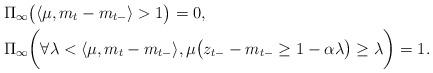
LaTeX: \begin{align*}&\Pi_{\infty} \bigl( \langle \mu,m_{t}-m_{t-}\rangle >1 \bigr) =0,\\&\Pi_{\infty} \biggl( \forall \lambda < \langle \mu,m_{t}-m_{t-}\rangle, \mu \bigl( z_{t-} - m_{t-}\geq 1- \alpha \lambda \bigr)\geq \lambda \biggr) =1.\end{align*}